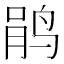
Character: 鹃